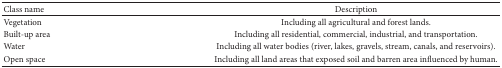
<table><thead><tr><td><b>Class name</b></td><td><b>Description</b></td></tr></thead><tbody><tr><td>Vegetation</td><td>Including all agricultural and forest lands.</td></tr><tr><td>Built-up area</td><td>Including all residential, commercial, industrial, and transportation.</td></tr><tr><td>Water</td><td>Including all water bodies (river, lakes, gravels, stream, canals, and reservoirs).</td></tr><tr><td>Open space</td><td>Including all land areas that exposed soil and barren area influenced by human.</td></tr></tbody></table>